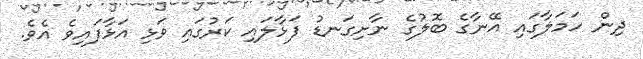
ދިން ހަމަލާގައި އޭނާގެ ބޮލުގެ ނާށިގަނޑު ފަޅާލައި ކަރުގައި ވަޅި އަޅާފައިވެ އެވެ.